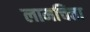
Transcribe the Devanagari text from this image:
लामचित्ता